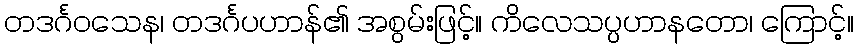
တဒင်္ဂဝသေန၊ တဒင်္ဂပဟာန်၏ အစွမ်းဖြင့်။ ကိလေသပ္ပဟာနတော၊ ကြောင့်။